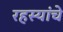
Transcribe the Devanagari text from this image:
रहस्यांचे